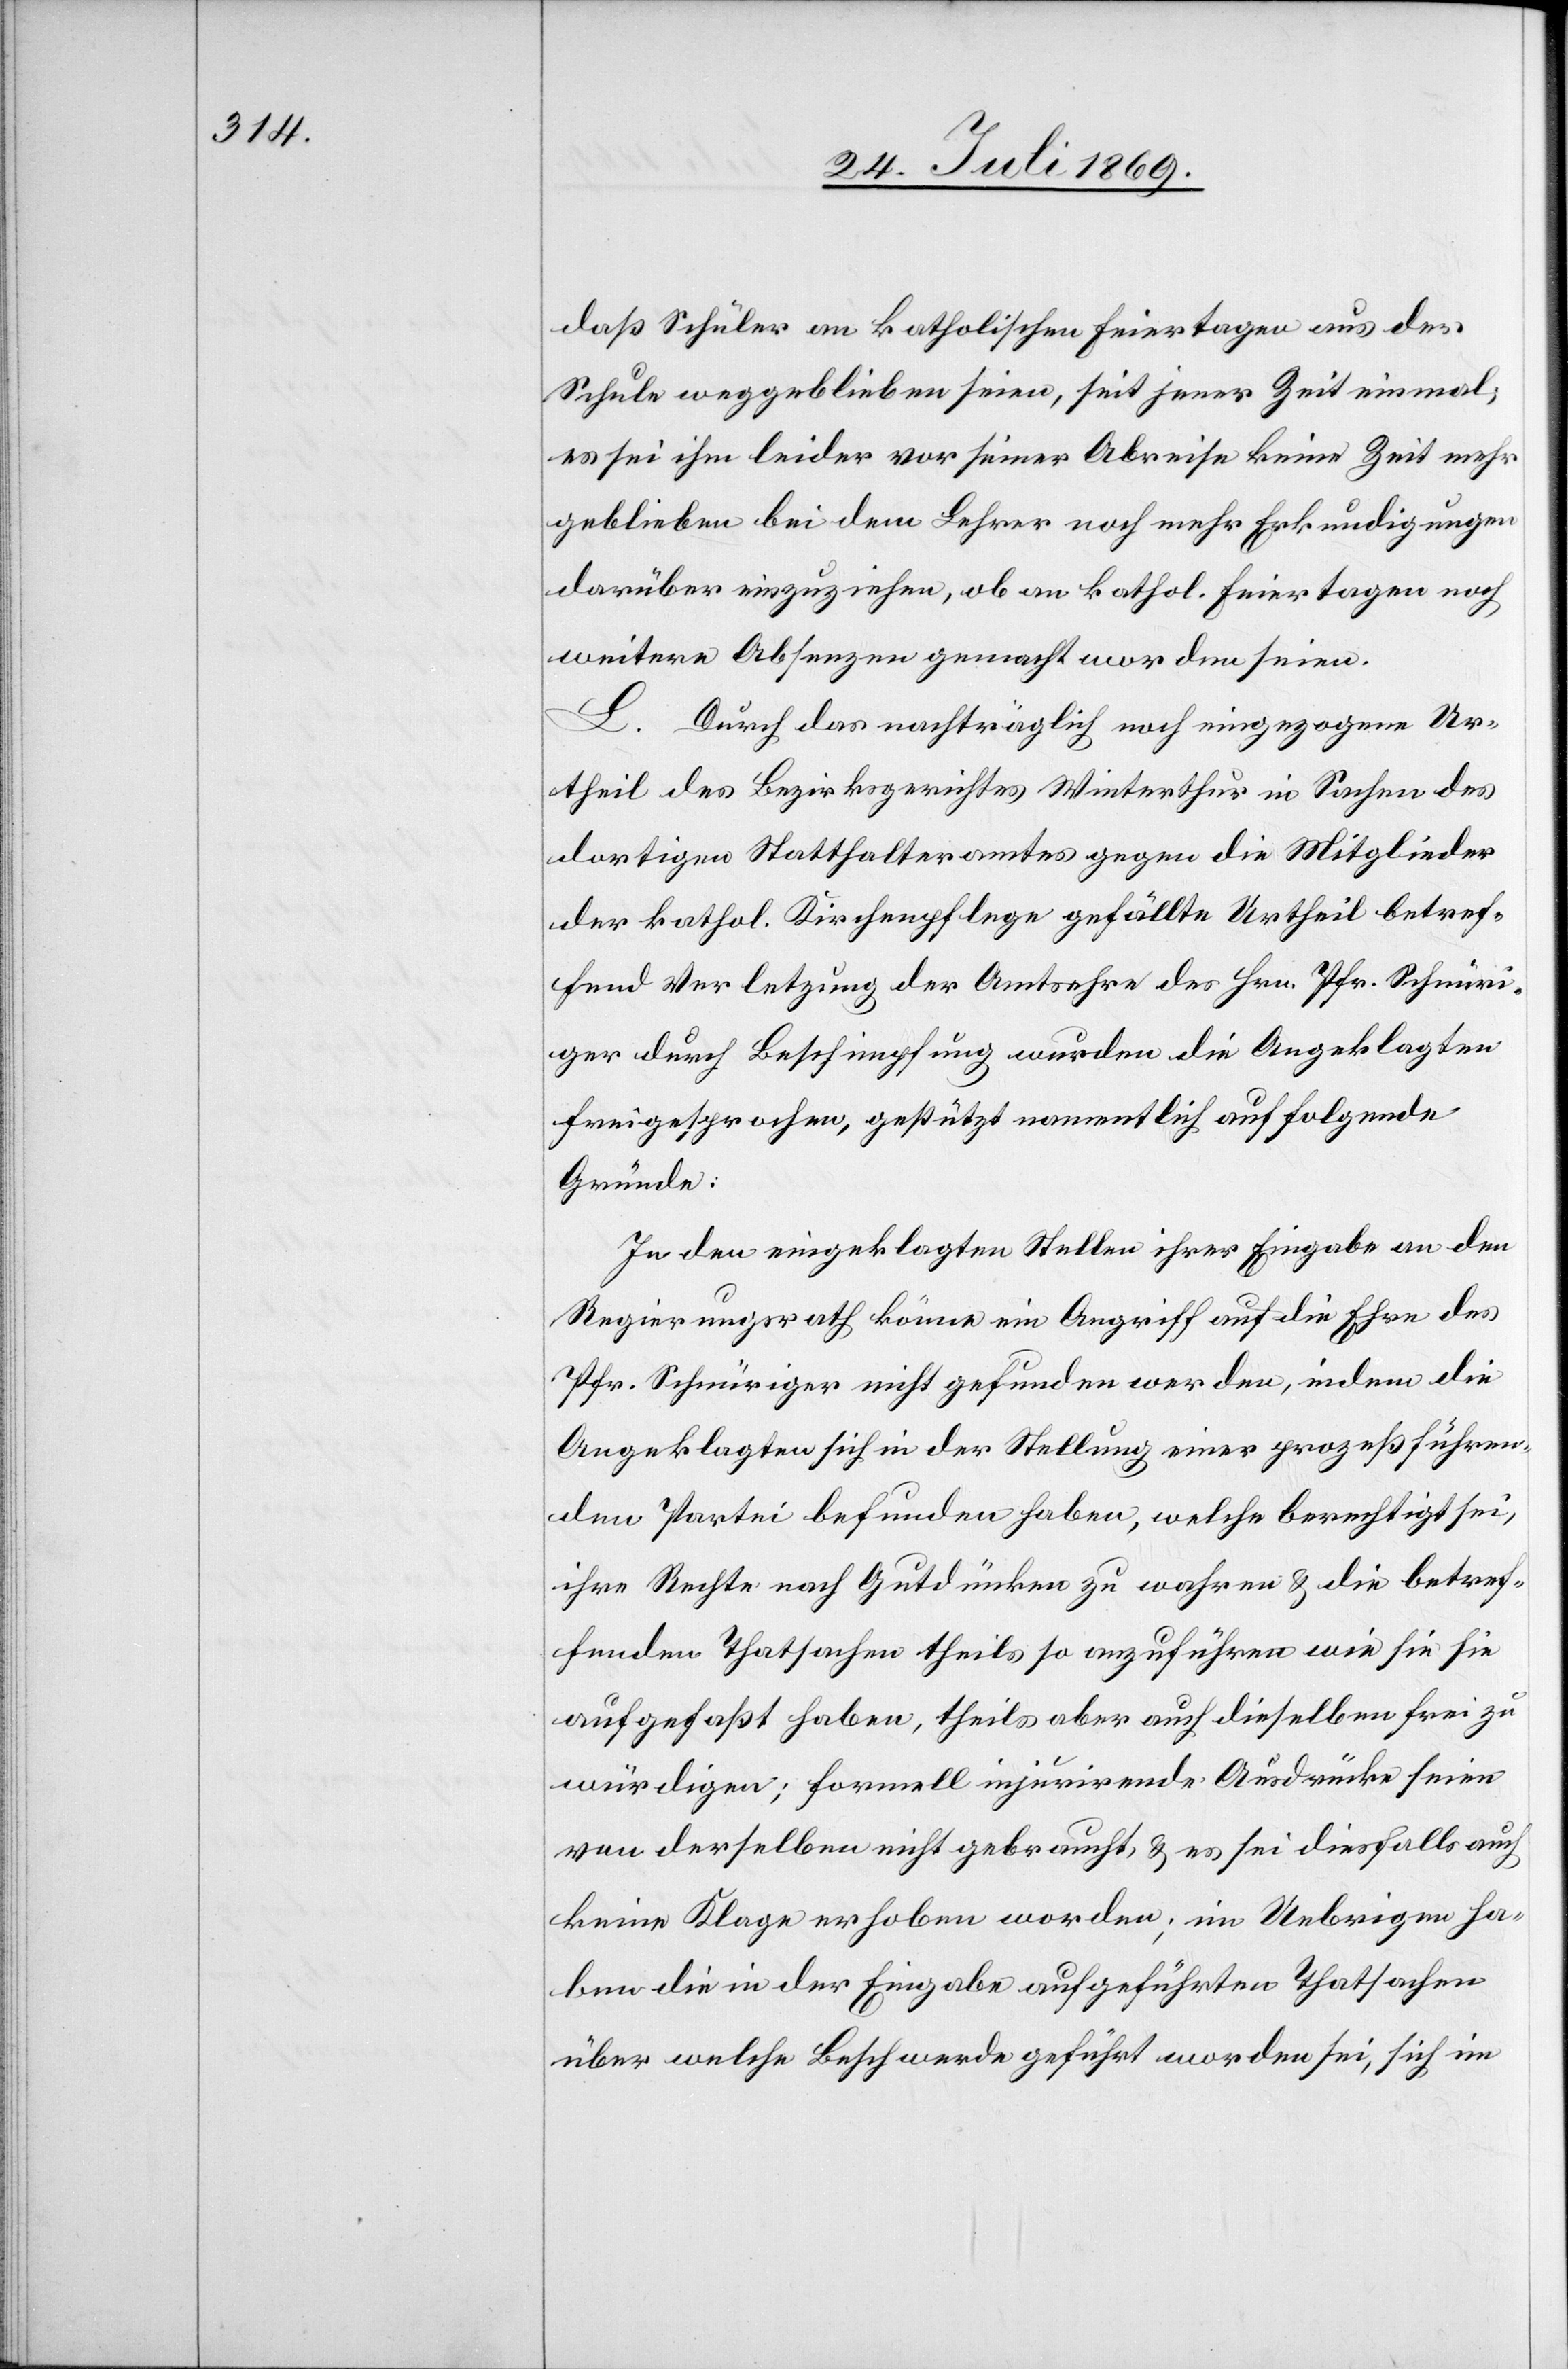
daß Schüler an katholischen Feiertagen aus der
Schule weggeblieben seien, seit jener Zeit einmal;
es sei ihm leider vor seiner Abreise keine Zeit mehr
geblieben bei dem Lehrer noch mehr Erkundigungen
darüber einzuziehen, ob an kathol. Feiertagen noch
weitere Absenzen gemacht worden seien.
L. Durch das nachträglich noch eingezogene Ur¬
theil des Bezirksgerichtes Winterthur in Sachen des
dortigen Statthalteramtes gegen die Mitglieder
der kathol. Kirchenpflege gefällte Urtheil betref¬
fend Verletzung der Amtsehre des Hrn. Pfr. Schnüri¬
ger durch Beschimpfung wurden die Angeklagten
freigesprochen, gestützt namentlich auf folgende
Gründe:
In den eingeklagten Stellen ihrer Eingabe an den
Regierungsrath könne ein Angriff auf die Ehre des
Pfr. Schnüriger nicht gefunden werden, indem die
Angeklagten sich in der Stellung einer prozeßführen¬
den Partei befunden haben, welche berechtigt sei,
ihre Rechte nach Gutdünken zu wahren u. die betref¬
fenden Thatsachen theils so anzuführen wie sie sie
aufgefaßt haben, theils aber auch dieselben frei zu
würdigen; formell injurirende Ausdrücke seien
von derselben nicht gebraucht, u. es sei diesfalls auch
keine Klage erhoben worden; im Uebrigen ha¬
ben die in der Eingabe aufgeführten Thatsachen
über welche Beschwerde geführt worden sei, sich im